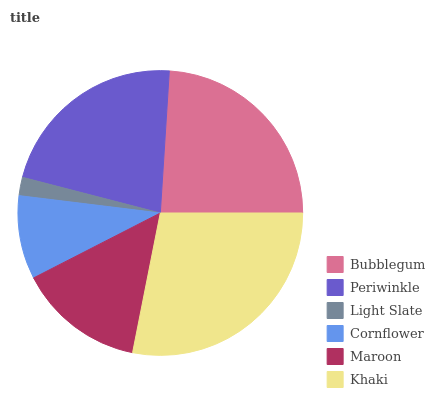
| Bubblegum | Periwinkle | Light Slate | Cornflower | Maroon | Khaki |
 | --- | --- | --- | --- | --- | --- |
 | 24% | 21.9% | 2.08% | 9.48% | 14.3% | 28.1% |